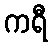
ကရီ